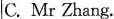
C. Mr Zhang.